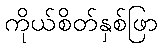
ကိုယ်စိတ်နှစ်ဖြာ